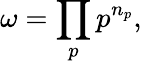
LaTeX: \omega=\prod_{p}p^{n_{p}},